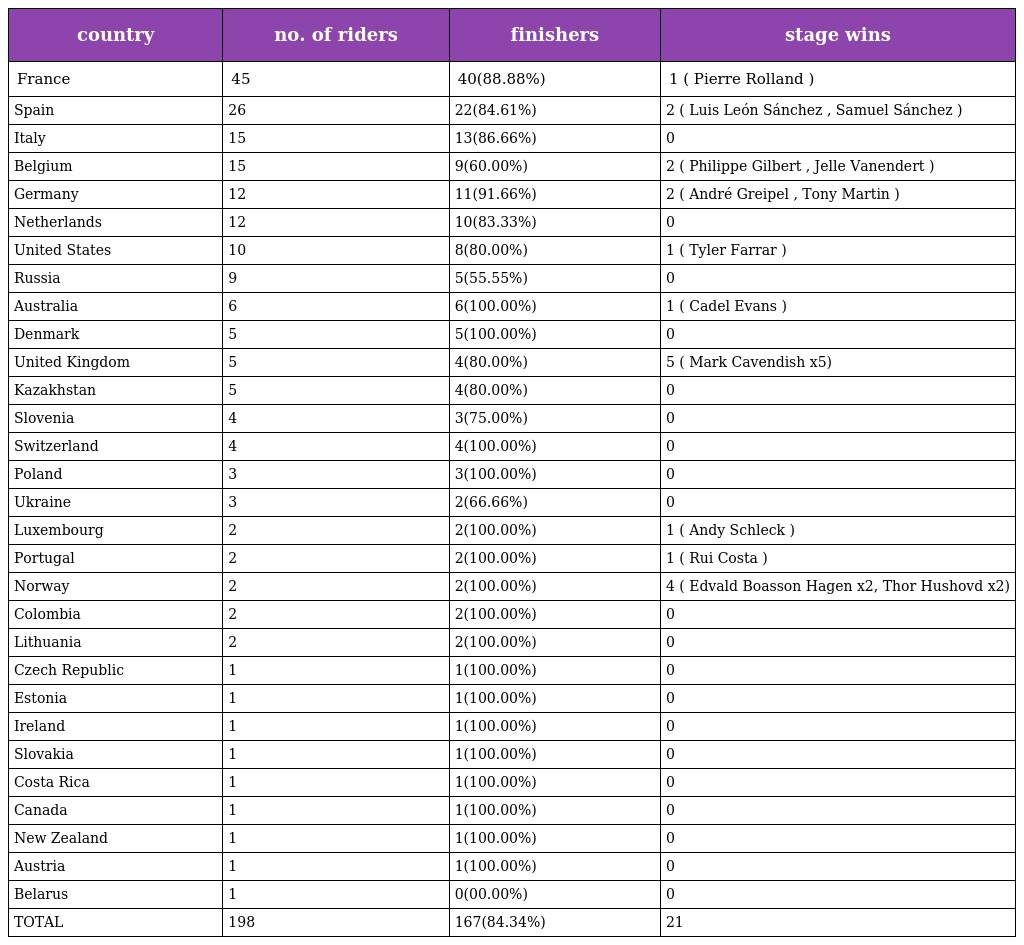
| country | no. of riders | finishers | stage wins |
 | --- | --- | --- | --- |
 | France | 45 | 40(88.88%) | 1 ( Pierre Rolland ) |
 | Spain | 26 | 22(84.61%) | 2 ( Luis León Sánchez , Samuel Sánchez ) |
 | Italy | 15 | 13(86.66%) | 0 |
 | Belgium | 15 | 9(60.00%) | 2 ( Philippe Gilbert , Jelle Vanendert ) |
 | Germany | 12 | 11(91.66%) | 2 ( André Greipel , Tony Martin ) |
 | Netherlands | 12 | 10(83.33%) | 0 |
 | United States | 10 | 8(80.00%) | 1 ( Tyler Farrar ) |
 | Russia | 9 | 5(55.55%) | 0 |
 | Australia | 6 | 6(100.00%) | 1 ( Cadel Evans ) |
 | Denmark | 5 | 5(100.00%) | 0 |
 | United Kingdom | 5 | 4(80.00%) | 5 ( Mark Cavendish x5) |
 | Kazakhstan | 5 | 4(80.00%) | 0 |
 | Slovenia | 4 | 3(75.00%) | 0 |
 | Switzerland | 4 | 4(100.00%) | 0 |
 | Poland | 3 | 3(100.00%) | 0 |
 | Ukraine | 3 | 2(66.66%) | 0 |
 | Luxembourg | 2 | 2(100.00%) | 1 ( Andy Schleck ) |
 | Portugal | 2 | 2(100.00%) | 1 ( Rui Costa ) |
 | Norway | 2 | 2(100.00%) | 4 ( Edvald Boasson Hagen x2, Thor Hushovd x2) |
 | Colombia | 2 | 2(100.00%) | 0 |
 | Lithuania | 2 | 2(100.00%) | 0 |
 | Czech Republic | 1 | 1(100.00%) | 0 |
 | Estonia | 1 | 1(100.00%) | 0 |
 | Ireland | 1 | 1(100.00%) | 0 |
 | Slovakia | 1 | 1(100.00%) | 0 |
 | Costa Rica | 1 | 1(100.00%) | 0 |
 | Canada | 1 | 1(100.00%) | 0 |
 | New Zealand | 1 | 1(100.00%) | 0 |
 | Austria | 1 | 1(100.00%) | 0 |
 | Belarus | 1 | 0(00.00%) | 0 |
 | TOTAL | 198 | 167(84.34%) | 21 |